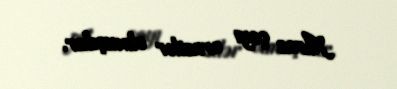
Araz çayı ərazilər olmuşdur.